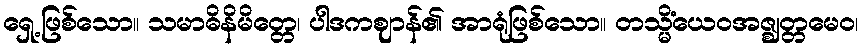
ရှေ့ဖြစ်သော။ သမာဓိနိမိတ္တေ၊ ပါဒကဈာန်၏ အာရုံဖြစ်သော။ တသ္မိံယေဝအဇ္ဈတ္တမေဝ၊